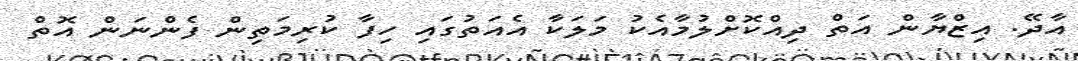
އާދޭ. އިޒްޔާން އަތް ދިއްކޮށްލުމާއެކު މަލަކާ އެއަތުގައި ހިފާ ކުރިމަތިން ފެންނަން އޮތް